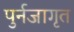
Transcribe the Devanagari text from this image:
पुर्नजागृत